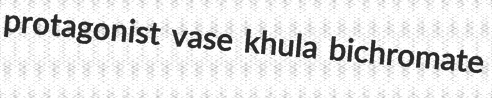
protagonist vase khula bichromate